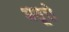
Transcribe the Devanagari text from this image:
धतूरो